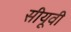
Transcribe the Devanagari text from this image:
सीयूवी